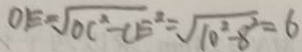
O E = \sqrt { O C ^ { 2 } - C E ^ { 2 } } = \sqrt { 1 0 ^ { 2 } - 8 ^ { 2 } } = 6